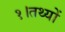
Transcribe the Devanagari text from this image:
१।तथ्यों